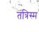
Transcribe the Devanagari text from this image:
तंत्रिस्म